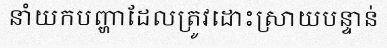
នាំយកបញ្ហាដែលត្រូវដោះស្រាយបន្ទាន់